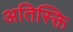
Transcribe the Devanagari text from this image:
अतिस्क्ति